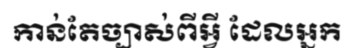
កាន់តែច្បាស់ពីអ្វី ដែលអ្នក